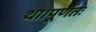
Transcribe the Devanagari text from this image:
था।पूर्णतः